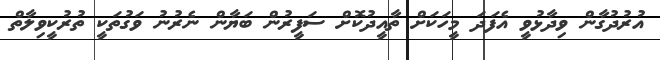
އުރުދުގާން ވިދާޅުވީ އެފަދަ މީހަކަށް ތާއީދުކޮށް ސަފީރުން ބަޔާން ނެރުނު ވަގުތަކީ ތުރުކީވިލާތް